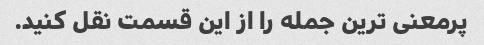
پرمعنی ترین جمله را از این قسمت نقل کنید.